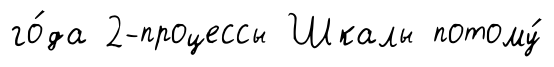
го́да 2-процессы Шкалы потому́